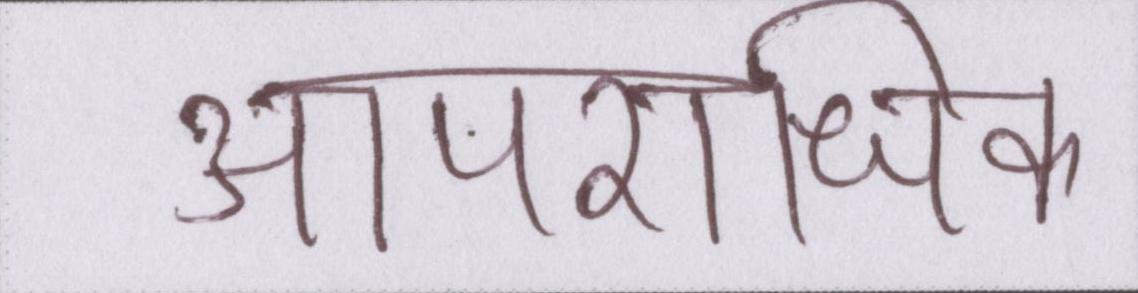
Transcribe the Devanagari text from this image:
आपराधिक